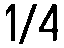
1/4